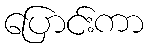
ပြောင်းကာ